Bréfritari: Stefanía Siggeirsdóttir
Viðtakandi: Páll Pálsson
Dagsetning: A-1871-03-01
Skrifað á: Hraungerði  Árn.
Stefanía var bróðurdóttir Páls Pálssonar

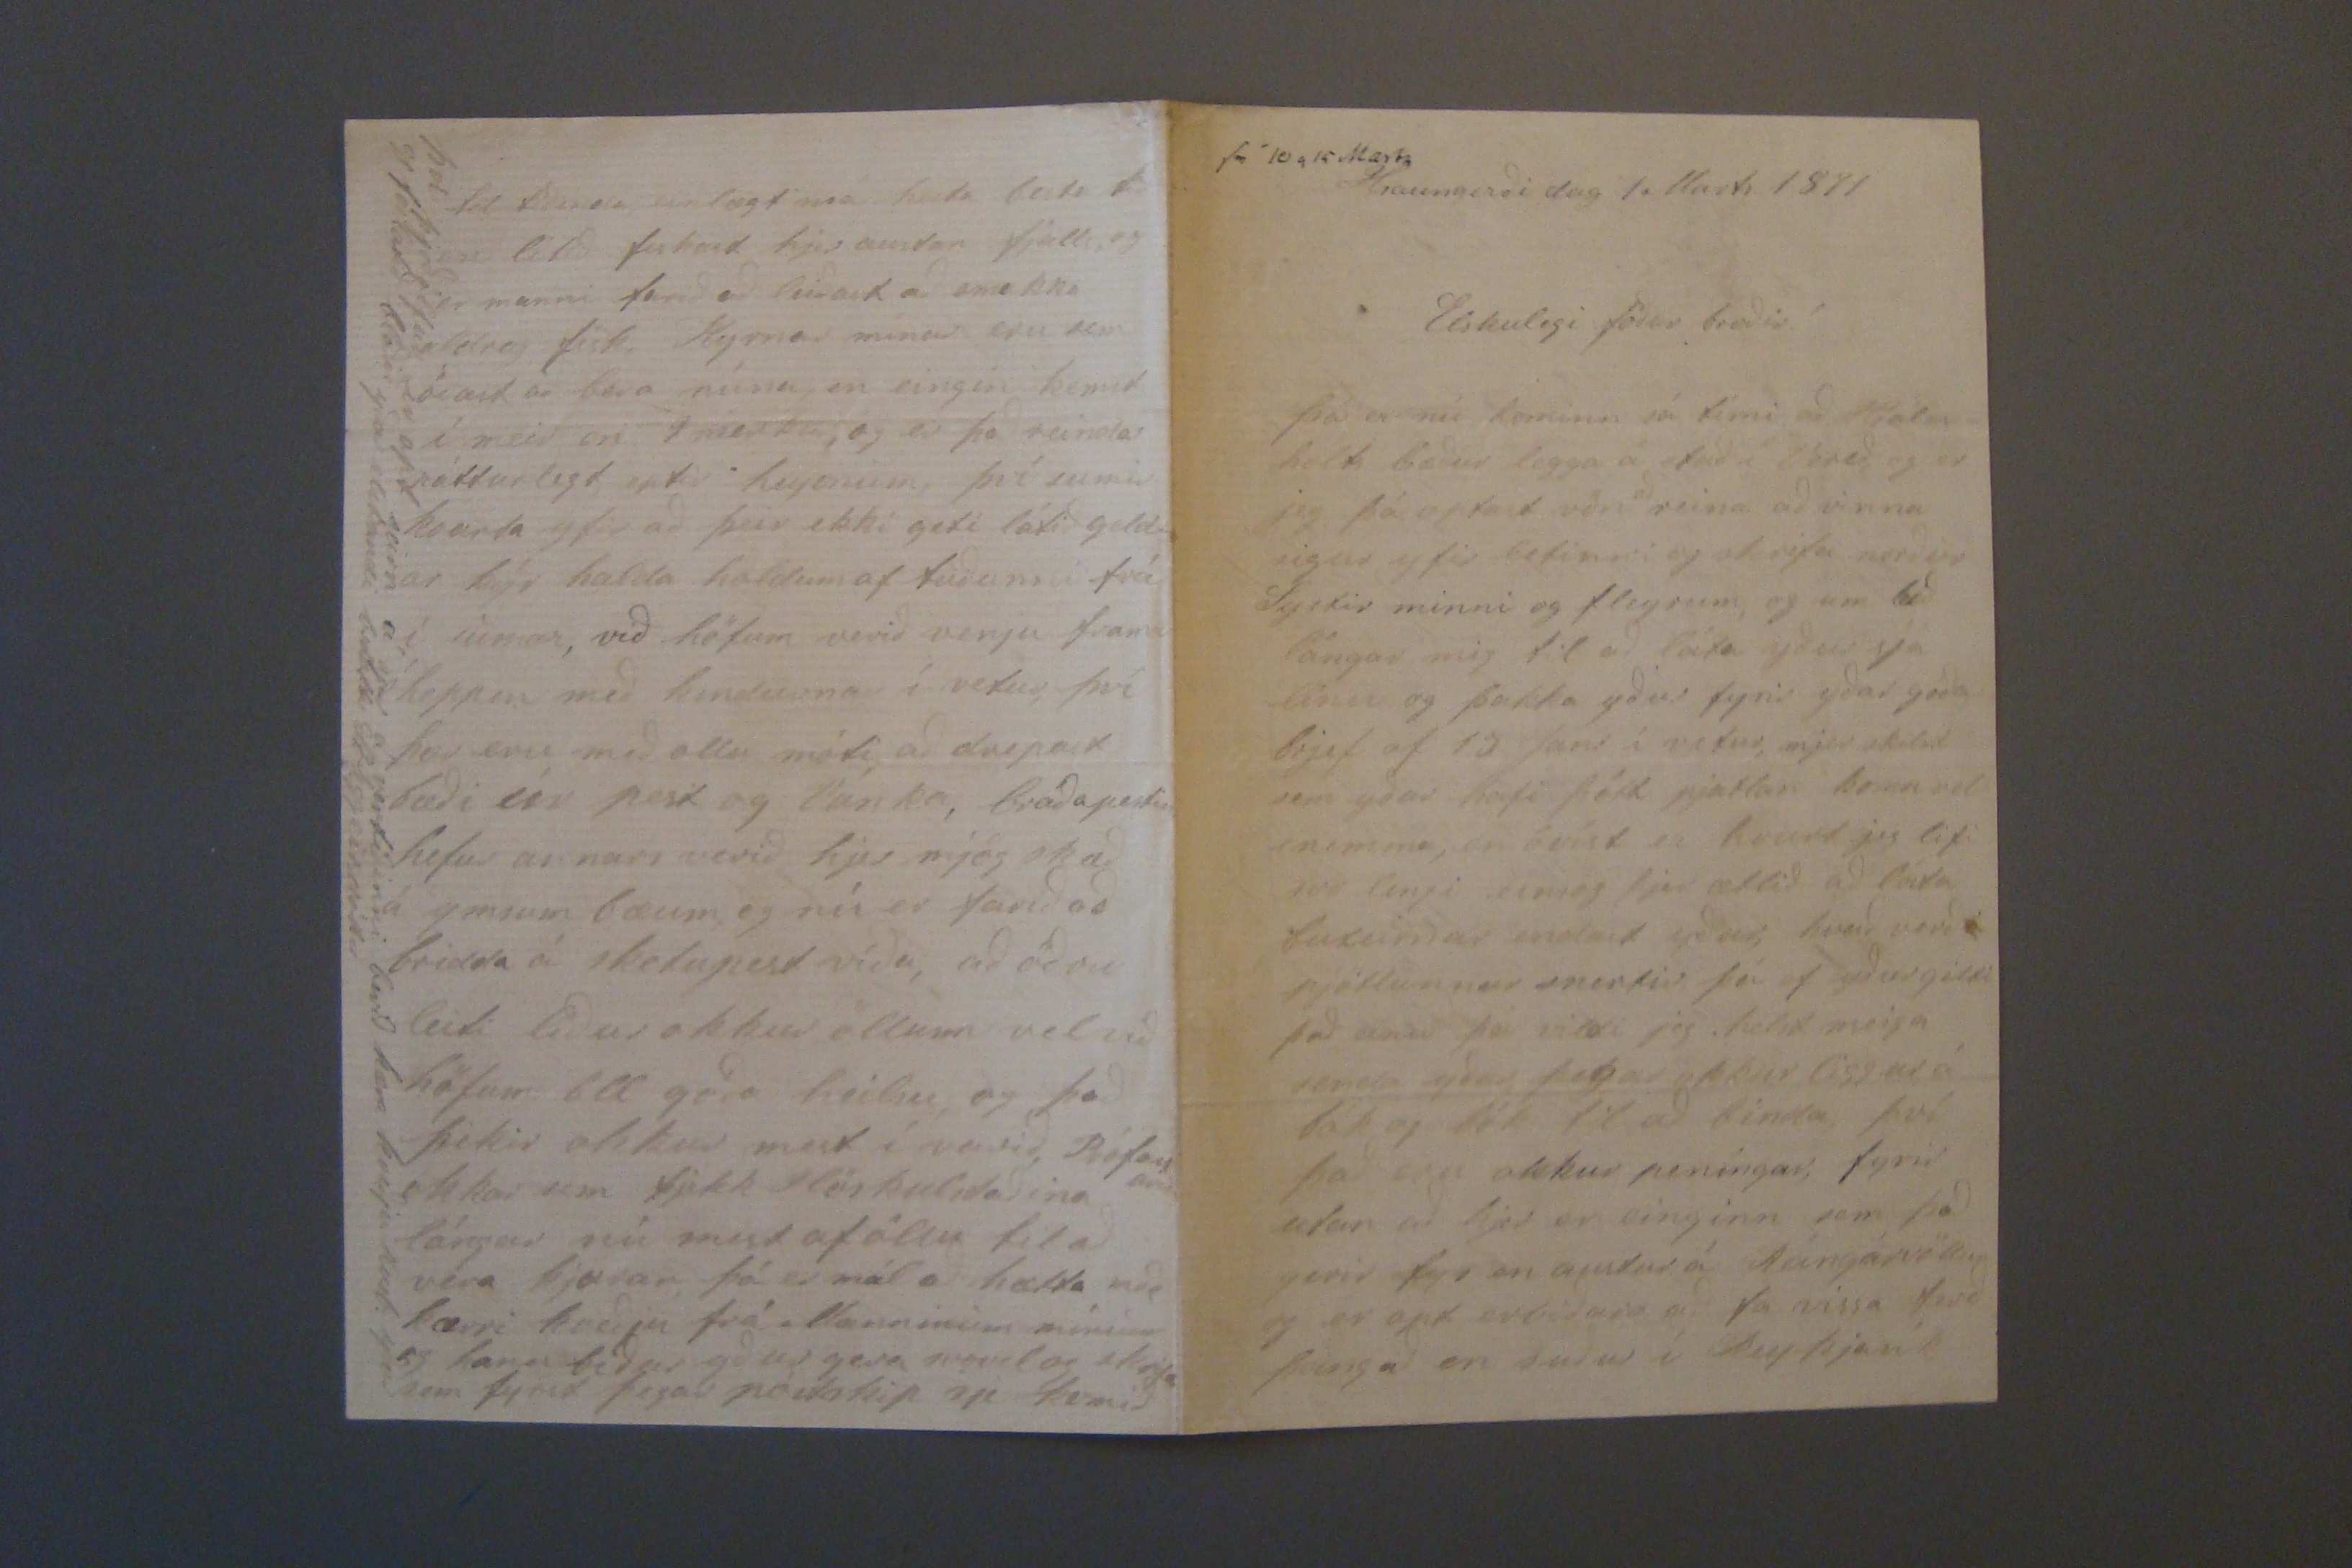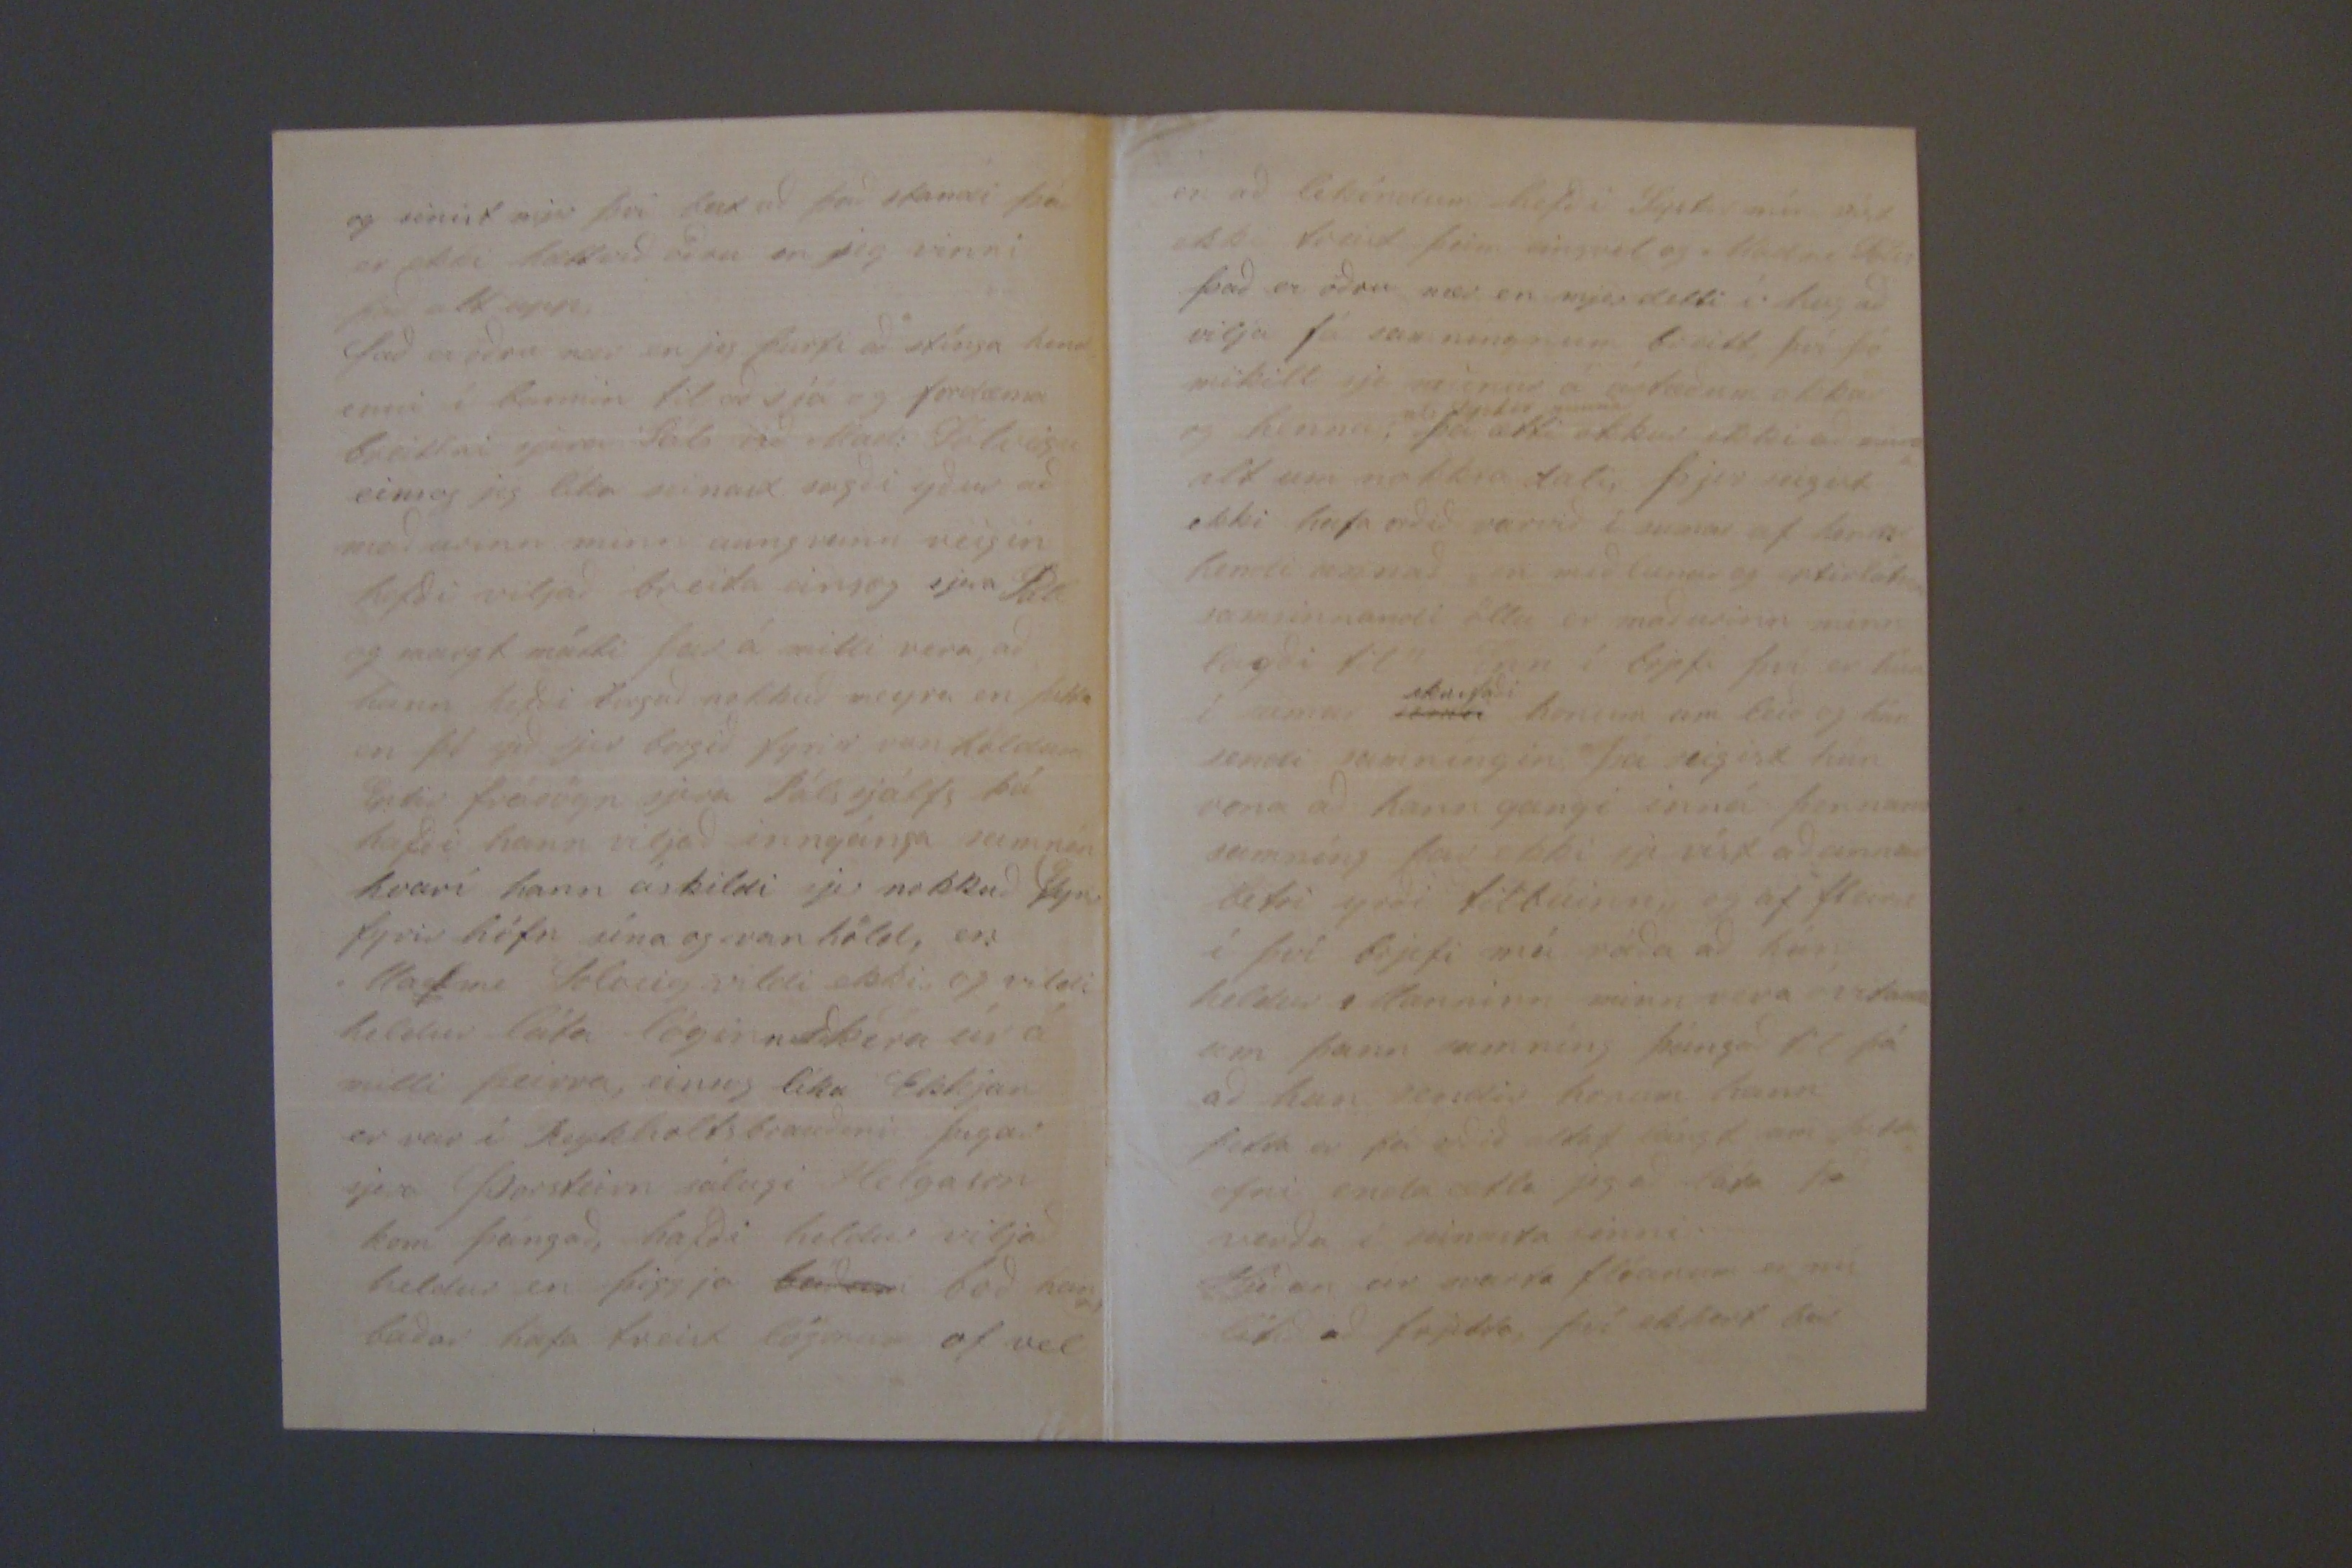

sv 10 og 15 Marts
Hraungerði dag 1. Marts 1871
Elskulegi föður broðir!
þá er nú kominn sá tími að Hjálm holts bræður legga á stað í
00rið
, og er jeg þá optast vön
að
reina að vinna sigur yfir letinni og skrifa norður systir minni og fleyrum, og um leið lángar mig til að láta yður sjá línu og þakka yður fyrir yðar góða brjef af 15 sept í vetur, mjer skilst sem yður hafi þótt pjatlan koma vel snemma, en óvíst er hvurt jeg lifi svo lengi einsog þjer ætlið að láta buxurnar endast yður, hvað verð pjötlunnar snertir þá ef yður gilti það einu þá vildi jeg helst meiga senda yður þegar okkur liggur á bók og bók til að binda, því það
eru
okkur peningar; fyrir utan að hjer er einginn sem það gerir hjer en austur á Rángárvöllum og er opt erviðara að fa vissa ferð þángað en suður í Reykjavík
og sinist mjer því
0atað
það standi það er ekki hættvið öðru en jeg vinni það alt upp það er öðru nær en jeg þurfi að stínga hend= inni í barmin til að sjá og fordæma
breittni
sjera Páls við Mad: Sólveigu einsog jeg líka seinast sagði yður að maðurinn minn aungvunn veigin hefði viljað breita einsog sjera Pall og margt mátti þar á milli vera að hann hefði borgað nokkuð meyra en þetta en þó yrði sjer borgið fyrir
vanhöldum 00tir fr00dögn
sjera Páls sjálfs þá hefði hann viljað inngánga samnín hvarí hann áskildi sjer nokkuð fyrir fyrir höfn sína og van höld, en Madme Solveig vildi ekki og vildi heldur láta löginn skéra úr á milli þeirra, einsog líka Ekkjan er var í Reykholtsbrauðini þegar sjera Þorsteirn sálugi Helgason kom þángað, hafði heldur vilja heldur en þiggja
báðar
boð hanns báðar hafa treist
lög00
of vel
en að likindum hafði systir mín víst ekki treist þeim einsvel og Madme
S000
það er öðru nær en mjer detti í hug að vilja fá samníngnum breitt því þó mikill sje
00000
á ástæðum okkar og hennar
nl eptir minna
þá atti okkur ekki að
00000
alt um nokkra tali; þjer seigist ekki hafa orðið varvið í sumar af
00000
hendi annað en með
la000 og eptir00000
samsinnandi öllu er maðurinn minn lagði til Enn í brjefi því er hún í sumar
0000
skrifaði
honum um leið og hún sendi samníngin þá seigist hún vona að hann gangi inná þennann samníng þa
ð
ekki sje víst að
0000
betri yrði
tilbúin 00
og af fleiru í því brjefi má ráða að hún heldur Manninn minn vera óvitann um þann samníng þángað til þá að hun sendir honum hann þetta er þá orðið altof lángt um þetta efni enda ætla jeg að láta það verða í seinasta sinni.
00ðan
er svarta flóanum er nú lítið að frjetta, því ekkert hjer
til tíðinda einlægt má heita besta tíð en lítið fiskast hjer austan fjalls, og er manni farið að leiðast að smakka aldrey fisk, Kyrnar mínar eru sem
óvæst
að bera núna, en eingin kemst í meir en 9 merkur, og er það reindar náttúrlegt eptir heyonum, því sumir kvarta yfir að þeir ekki geti látið geld= ar kýr halda holdum af tuðunni frá í sumar, við höfum verið venju framar heppin með kindurnar í vetur, því þær eru með ollu móti, að drepast bæði úr pest og
lárka
, bráðapestin hefur annars verið hjer mjög skæð á ymsum bæum og nú er farið að bridda á skitapest víða, að öðru leiti líður okkur öllum vel við höfum öll góða heilsu, og það þikir okkur mest í varið, Prófasturinn okkar sem fjekk
slörkulstaðina
lángar nú mest af öllu til að vera
þjævan
þá er mál að hætta með kærri kveðju frá Manninum mínum og hana biður yður gera svovel og skrifa sem fyrst þegar póstskip sje komið
því þjóðólfur er opt seirn á sjer á vertíðinni berið kæra kveðju kærl: yður og forlátið blaðið yðar elskandi brdottir St Siggeirsdóttir